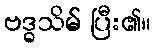
ဗဒ္ဓသိမ် ပြီး၏။